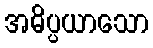
အဓိပ္ပယာသော